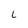
Character: 6